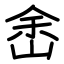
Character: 峹